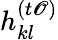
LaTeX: h_{kl}^{(t\mathscr{O})}